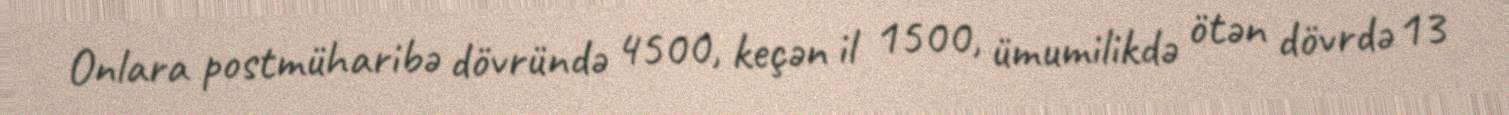
Onlara postmüharibə dövründə 4500, keçən il 1500, ümumilikdə ötən dövrdə 13